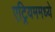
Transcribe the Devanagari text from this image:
एट्रियममध्ये